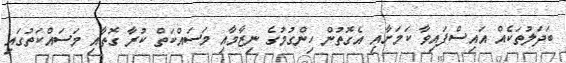
ބަދަލުތަކެއް އައިސްފައިވާ ކަމަށާއި އެގޮތުން ހިންގުމުގެ ނިޒާމާއި މަސައްކަތް ކުރާ ގޮތާއި މަސައްކަތުގައި